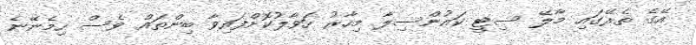
އޭގެ ތެރޭގައި މާލޭ ސިޓީ ކައުންސިލާ މިހާރު ހަވާލުކޮށްފައިވާ ބިންތައް ވެސް ހިމެނޭނެ